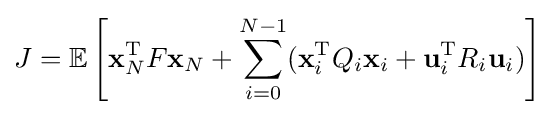
J=\mathbb {E} \left[{\mathbf {x} }_{N}^{\mathrm {T} }F{\mathbf {x} }_{N}+\sum _{i=0}^{N-1}(\mathbf {x} _{i}^{\mathrm {T} }Q_{i}\mathbf {x} _{i}+\mathbf {u} _{i}^{\mathrm {T} }R_{i}\mathbf {u} _{i})\right]